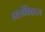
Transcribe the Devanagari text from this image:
हालांकिहृदय